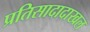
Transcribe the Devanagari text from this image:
प्रतिसादादाखल